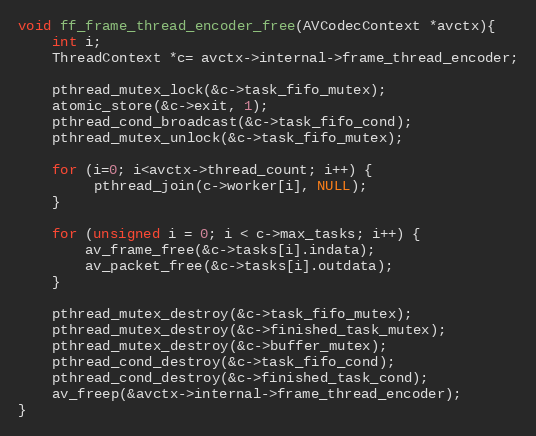
Language: C
void ff_frame_thread_encoder_free(AVCodecContext *avctx){
    int i;
    ThreadContext *c= avctx->internal->frame_thread_encoder;

    pthread_mutex_lock(&c->task_fifo_mutex);
    atomic_store(&c->exit, 1);
    pthread_cond_broadcast(&c->task_fifo_cond);
    pthread_mutex_unlock(&c->task_fifo_mutex);

    for (i=0; i<avctx->thread_count; i++) {
         pthread_join(c->worker[i], NULL);
    }

    for (unsigned i = 0; i < c->max_tasks; i++) {
        av_frame_free(&c->tasks[i].indata);
        av_packet_free(&c->tasks[i].outdata);
    }

    pthread_mutex_destroy(&c->task_fifo_mutex);
    pthread_mutex_destroy(&c->finished_task_mutex);
    pthread_mutex_destroy(&c->buffer_mutex);
    pthread_cond_destroy(&c->task_fifo_cond);
    pthread_cond_destroy(&c->finished_task_cond);
    av_freep(&avctx->internal->frame_thread_encoder);
}